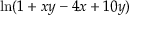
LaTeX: \ln ( 1 + x y - 4 x + 1 0 y )